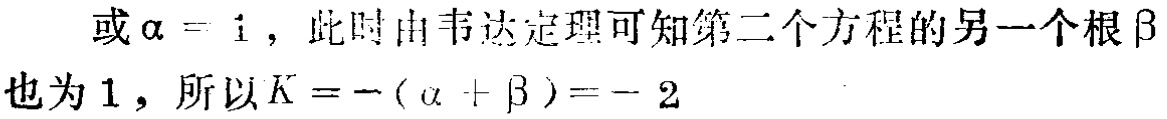
或\(\alpha = 1\)，此时由韦达定理可知第二个方程的另一个根\(\beta\)也为\(1\)，所以\(K = -(\alpha + \beta)= - 2\)